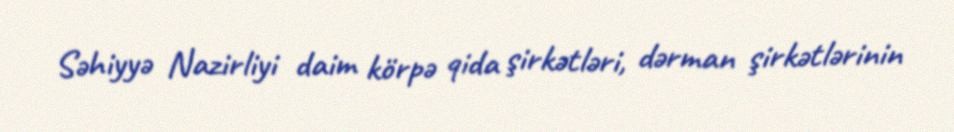
Səhiyyə Nazirliyi daim körpə qida şirkətləri, dərman şirkətlərinin